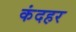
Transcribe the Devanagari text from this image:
कंदहर